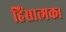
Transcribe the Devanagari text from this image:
हिंसात्मक।